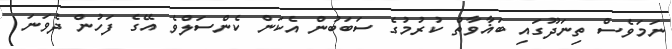
ނަމަވެސް ތިނަދޫގައި ބަޣާވާތް ކުރުމުގެ ސަބަބުން އެކަން ކެންސަލްވެ އޭގެ ފަހުން ދެވަނަ